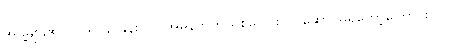
အဖွဲ့များ၏ ၁၀ ရာခိုင်နှုန်းသာ အမှန်တကယ်စုပေါင်းလုပ်ဆောင်မှုရှိတော့ကြောင်း၊ ၇၀